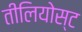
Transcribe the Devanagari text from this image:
तीलियोस्ट